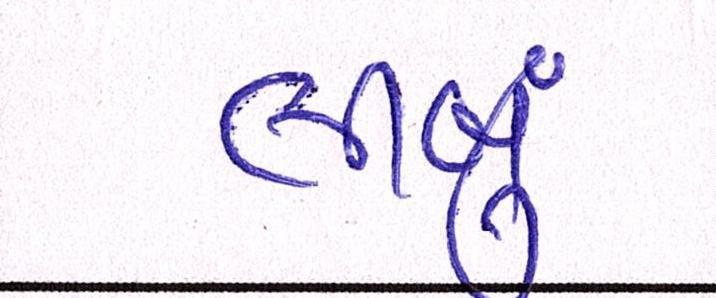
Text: લીબું